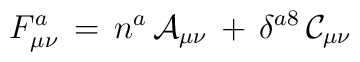
F^a_{\mu \nu} \, = \, n^a \, \mathcal{A}_{\mu\nu} \, + \,           \delta^{a8} \, \mathcal{C}_{\mu \nu}